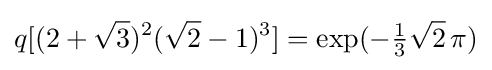
q[(2+{\sqrt {3}})^{2}({\sqrt {2}}-1)^{3}]=\exp(-{\tfrac {1}{3}}{\sqrt {2}}\,\pi )